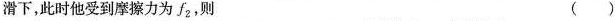
滑下，此时他受到摩擦力为f_{2}，则 ()